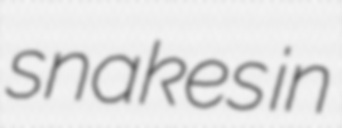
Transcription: snakes in